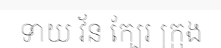
ទាយ វ័ន ក្បែរ ក្រុង